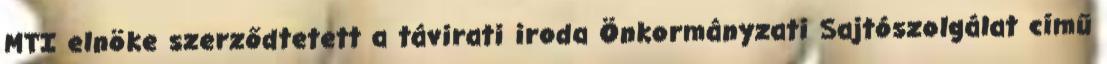
MTI elnöke szerződtetett a távirati iroda Önkormányzati Sajtószolgálat című